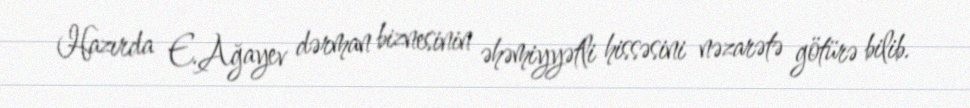
Hazırda E.Ağayev dərman biznesinin əhəmiyyətli hissəsini nəzarətə götürə bilib.